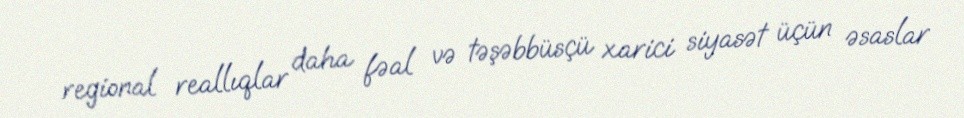
regional reallıqlar daha fəal və təşəbbüsçü xarici siyasət üçün əsaslar